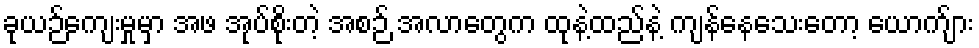
ခုယဉ်ကျေးမှုမှာ အဖ အုပ်စိုးတဲ့ အစဉ် အလာတွေက ထုနဲ့ထည်နဲ့ ကျန်နေသေးတော့ ယောက်ျား